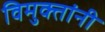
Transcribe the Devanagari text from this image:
विमुक्तांनी